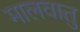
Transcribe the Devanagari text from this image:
मालवातु